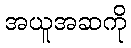
အယူအဆကို